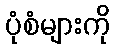
ပုံစံများကို